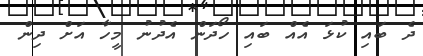
ދެ ބައި ކުޅަ އެއް ބައި ހޯދަން އެދުނު މީހާ އަށް ދިން